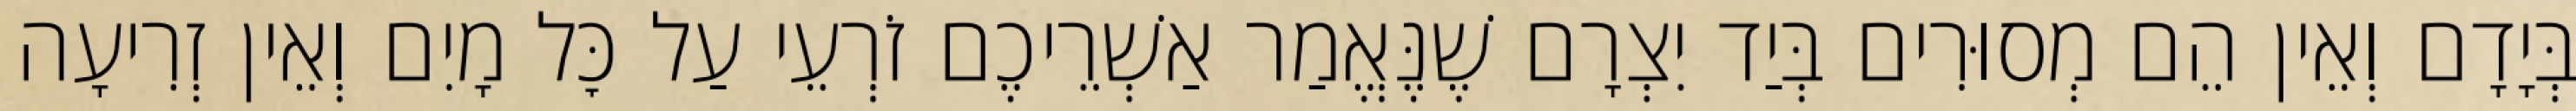
בְּיָדָם וְאֵין הֵם מְסוּרִים בְּיַד יִצְרָם שֶׁנֶּאֱמַר אַשְׁרֵיכֶם זֹרְעֵי עַל כׇּל מָיִם וְאֵין זְרִיעָה